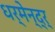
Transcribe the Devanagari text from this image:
धर्मेन्द्र्